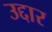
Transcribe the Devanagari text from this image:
उद्दार